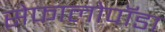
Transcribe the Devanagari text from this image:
सेफालोपॉडा